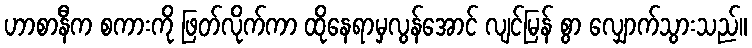
ဟာစာနီက စကားကို ဖြတ်လိုက်ကာ ထိုနေရာမှလွန်အောင် လျင်မြန် စွာ လျှောက်သွားသည်။